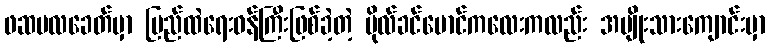
ဖဆပလခေတ်မှာ ပြည်ထဲရေးဝန်ကြီးဖြစ်ခဲ့တဲ့ ဗိုလ်ခင်မောင်ကလေးကလည်း အမျိုးသားကျောင်းမှာ